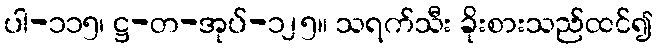
ပါ-၁၁၅၊ ဋ္ဌ-တ-အုပ်-၁၂၅။ သရက်သီး ခိုးစားသည်ထင်၍